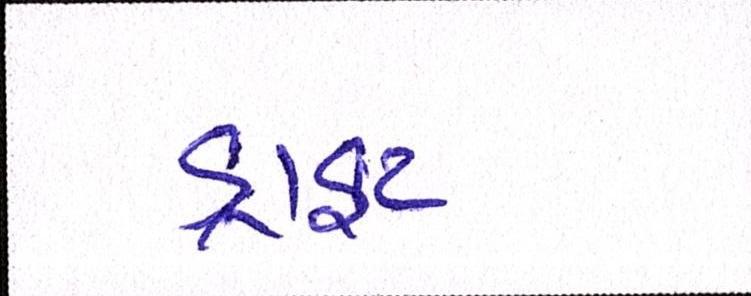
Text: ડ્રાફ્ટ